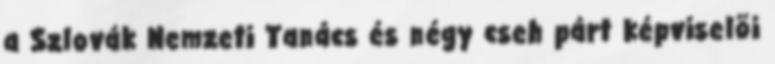
a Szlovák Nemzeti Tanács és négy cseh párt képviselõi